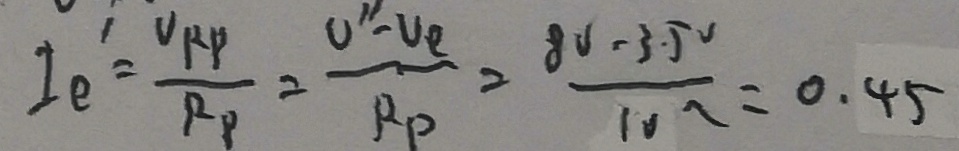
I _ { e } ^ { \prime } = \frac { V _ { r p } } { R _ { p } } = \frac { v ^ { \prime } - v e } { R _ { P } } = \frac { 8 v - 3 . 5 ^ { \circ } } { 1 0 \Omega } = 0 . 4 5